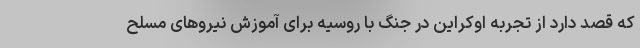
که قصد دارد از تجربه اوکراین در جنگ با روسیه برای آموزش نیروهای مسلح